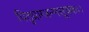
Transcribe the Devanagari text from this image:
पितृप्राग्जन्मसूचकः।